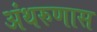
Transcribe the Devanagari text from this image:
अंथरुणास